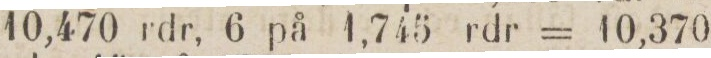
10,470 rdr, 6 på 1,745 rdr = 10,370